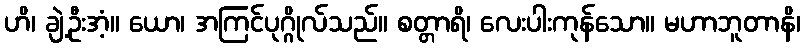
ဟိ၊ ချဲ့ဦးအံ့။ ယော၊ အကြင်ပုဂ္ဂိုလ်သည်။ စတ္တာရိ၊ လေးပါးကုန်သော။ မဟာဘူတာနိ၊